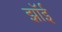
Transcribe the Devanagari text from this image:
झॉई